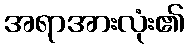
အရာအားလုံး၏